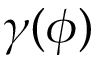
\gamma ( \phi )